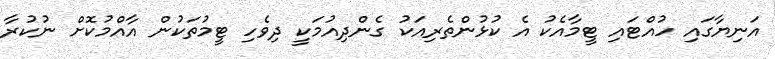
އަނިޔާގައި ހުއްޓައި ޓީމާއެކު އެ ކުޅުންތެރިއަކު ގެންދިއުމަކީ ދިވެހި ޓީމުތަކުން އާއްމުކޮށް ނުކުރާ